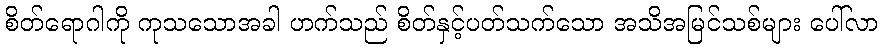
စိတ်ရောဂါကို ကုသသောအခါ ဟက်သည် စိတ်နှင့်ပတ်သက်သော အသိအမြင်သစ်များ ပေါ်လာ